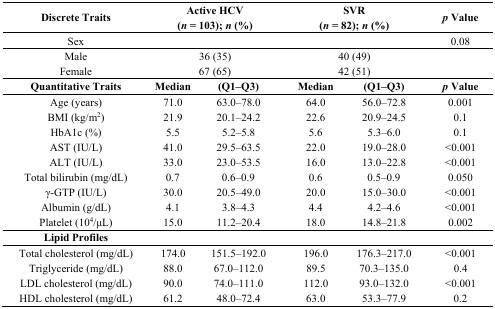
<table><thead><tr><td><b>Discrete Traits</b></td><td colspan="2"><b>Active HCV (<i>n</i> = 103); <i>n</i> (%)</b></td><td colspan="4"><b>SVR (<i>n</i> = 82); <i>n</i> (%)</b></td><td colspan="2"><b><i>p</i> Value</b></td></tr></thead><tbody><tr><td>Sex</td><td colspan="6"></td><td colspan="2">0.08</td></tr><tr><td>Male</td><td colspan="2">36 (35)</td><td colspan="4">40 (49)</td><td colspan="2"></td></tr><tr><td>Female</td><td colspan="2">67 (65)</td><td colspan="4">42 (51)</td><td colspan="2"></td></tr><tr><td><b>Quantitative Traits</b></td><td><b>Median</b></td><td><b>(Q1–Q3)</b></td><td colspan="2"><b>Median</b></td><td colspan="2"><b>(Q1–Q3)</b></td><td colspan="2"><b><i>p</i> Value</b></td></tr><tr><td>Age (years)</td><td>71.0</td><td>63.0–78.0</td><td colspan="2">64.0</td><td colspan="2">56.0–72.8</td><td colspan="2">0.001</td></tr><tr><td>BMI (kg/m<sup>2</sup>)</td><td>21.9</td><td>20.1–24.2</td><td colspan="2">22.6</td><td colspan="2">20.9–24.5</td><td colspan="2">0.1</td></tr><tr><td>HbA1c (%)</td><td>5.5</td><td>5.2–5.8</td><td colspan="2">5.6</td><td colspan="2">5.3–6.0</td><td colspan="2">0.1</td></tr><tr><td>AST (IU/L)</td><td>41.0</td><td>29.5–63.5</td><td colspan="2">22.0</td><td colspan="2">19.0–28.0</td><td colspan="2">&lt;0.001</td></tr><tr><td>ALT (IU/L)</td><td>33.0</td><td>23.0–53.5</td><td colspan="2">16.0</td><td colspan="2">13.0–22.8</td><td colspan="2">&lt;0.001</td></tr><tr><td>Total bilirubin (mg/dL)</td><td>0.7</td><td>0.6–0.9</td><td colspan="2">0.6</td><td colspan="2">0.5–0.9</td><td colspan="2">0.050</td></tr><tr><td>γ-GTP (IU/L)</td><td>30.0</td><td>20.5–49.0</td><td colspan="2">20.0</td><td colspan="2">15.0–30.0</td><td colspan="2">&lt;0.001</td></tr><tr><td>Albumin (g/dL)</td><td>4.1</td><td>3.8–4.3</td><td colspan="2">4.4</td><td colspan="2">4.2–4.6</td><td colspan="2">&lt;0.001</td></tr><tr><td>Platelet (10<sup>4</sup>/μL)</td><td>15.0</td><td>11.2–20.4</td><td colspan="2">18.0</td><td colspan="2">14.8–21.8</td><td colspan="2">0.002</td></tr><tr><td><b>Lipid Profiles</b></td><td colspan="9"></td></tr><tr><td>Total cholesterol (mg/dL)</td><td>174.0</td><td>151.5–192.0</td><td colspan="2">196.0</td><td colspan="2">176.3–217.0</td><td colspan="2">&lt;0.001</td></tr><tr><td>Triglyceride (mg/dL)</td><td>88.0</td><td>67.0–112.0</td><td colspan="2">89.5</td><td colspan="2">70.3–135.0</td><td colspan="2">0.4</td></tr><tr><td>LDL cholesterol (mg/dL)</td><td>90.0</td><td>74.0–111.0</td><td colspan="2">112.0</td><td colspan="2">93.0–132.0</td><td colspan="2">&lt;0.001</td></tr><tr><td>HDL cholesterol (mg/dL)</td><td>61.2</td><td>48.0–72.4</td><td colspan="2">63.0</td><td colspan="2">53.3–77.9</td><td colspan="2">0.2</td></tr></tbody></table>